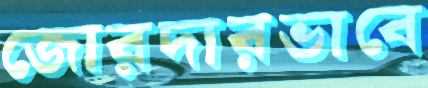
জোরদারভাবে